Note on the mental hospitals in Burma - 1925-1940
Year: 1925
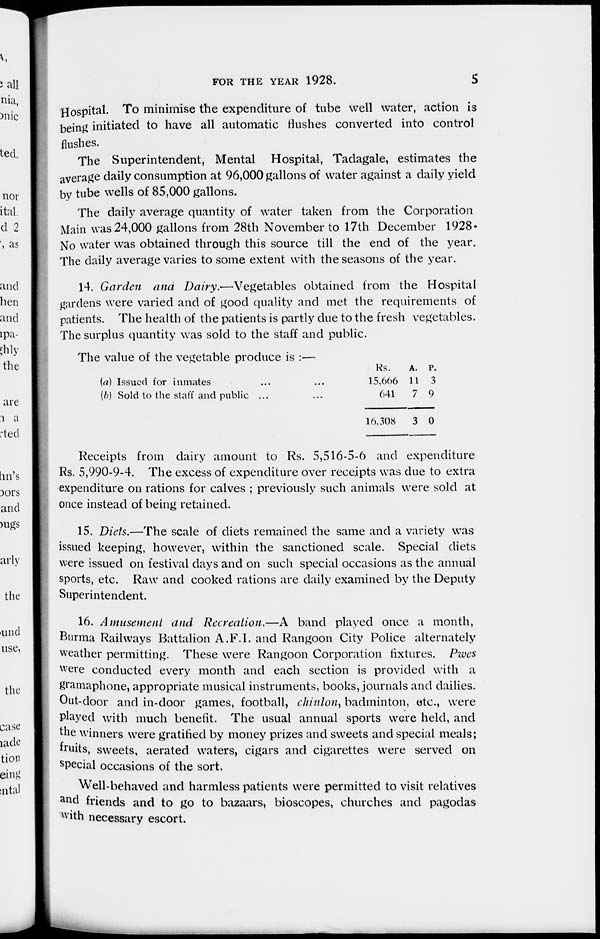
FOR THE YEAR 1928.
5
Hospital. To minimise the expenditure of tube well water, action is
being initiated to have all automatic flushes converted into control
flushes.
The Superintendent, Mental Hospital, Tadagale, estimates the
average daily consumption at 96,000 gallons of water against a daily yield
by tube wells of 85,000 gallons.
The daily average quantity of water taken from the Corporation
Main was 24,000 gallons from 28th November to 17th December 1928.
No water was obtained through this source till the end of the year.
The daily average varies to some extent with the seasons of the year.
14. Garden and Dairy.—Vegetables obtained from the Hospital
gardens were varied and of good quality and met the requirements of
patients. The health of the patients is partly due to the fresh vegetables.
The surplus quantity was sold to the staff and public.
The value of the vegetable produce is :—
(a) Issued for inmates
(b) Sold to the staff and public ...
Rs.
15,666
641
16,308
A.
11
7
3
P.
3
9
0
Receipts from dairy amount to Rs. 5,516-5-6 and expenditure
Rs. 5,990-9-4. The excess of expenditure over receipts was due to extra
expenditure on rations for calves ; previously such animals were sold at
once instead of being retained.
15. Diets.—The scale of diets remained the same and a variety was
issued keeping, however, within the sanctioned scale. Special diets
were issued on festival days and on such special occasions as the annual
sports, etc. Raw and cooked rations are daily examined by the Deputy
Superintendent.
16. Amusement and Recreation.—A band played once a month,
Burma Railways Battalion A.F.I. and Rangoon City Police alternately
weather permitting. These were Rangoon Corporation fixtures. Pwes
were conducted every month and each section is provided with a
gramaphone, appropriate musical instruments, books, journals and dailies.
Out-door and in-door games, football, chinlon, badminton, etc., were
played with much benefit. The usual annual sports were held, and
the winners were gratified by money prizes and sweets and special meals;
fruits, sweets, aerated waters, cigars and cigarettes were served on
special occasions of the sort.
Well-behaved and harmless patients were permitted to visit relatives
and friends and to go to bazaars, bioscopes, churches and pagodas
with necessary escort.